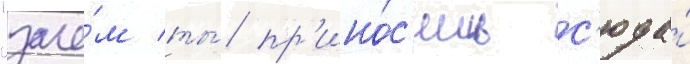
"заче́м ты́ пр'ино́с'ишь с'юда́